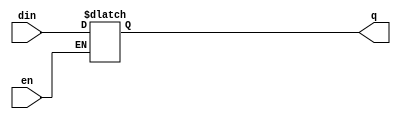
module dlatch(din,en,q);
 
 input din,en;
 output reg q;
 
 always @(din,en)
 begin
  if(en)
    q<=din;
  //else
    //q<=q;
 
 end

endmodule